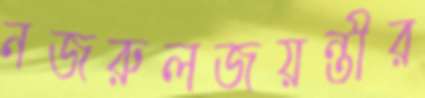
নজরুলজয়ন্তীর